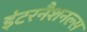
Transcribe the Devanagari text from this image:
इंटरनैशनल्स